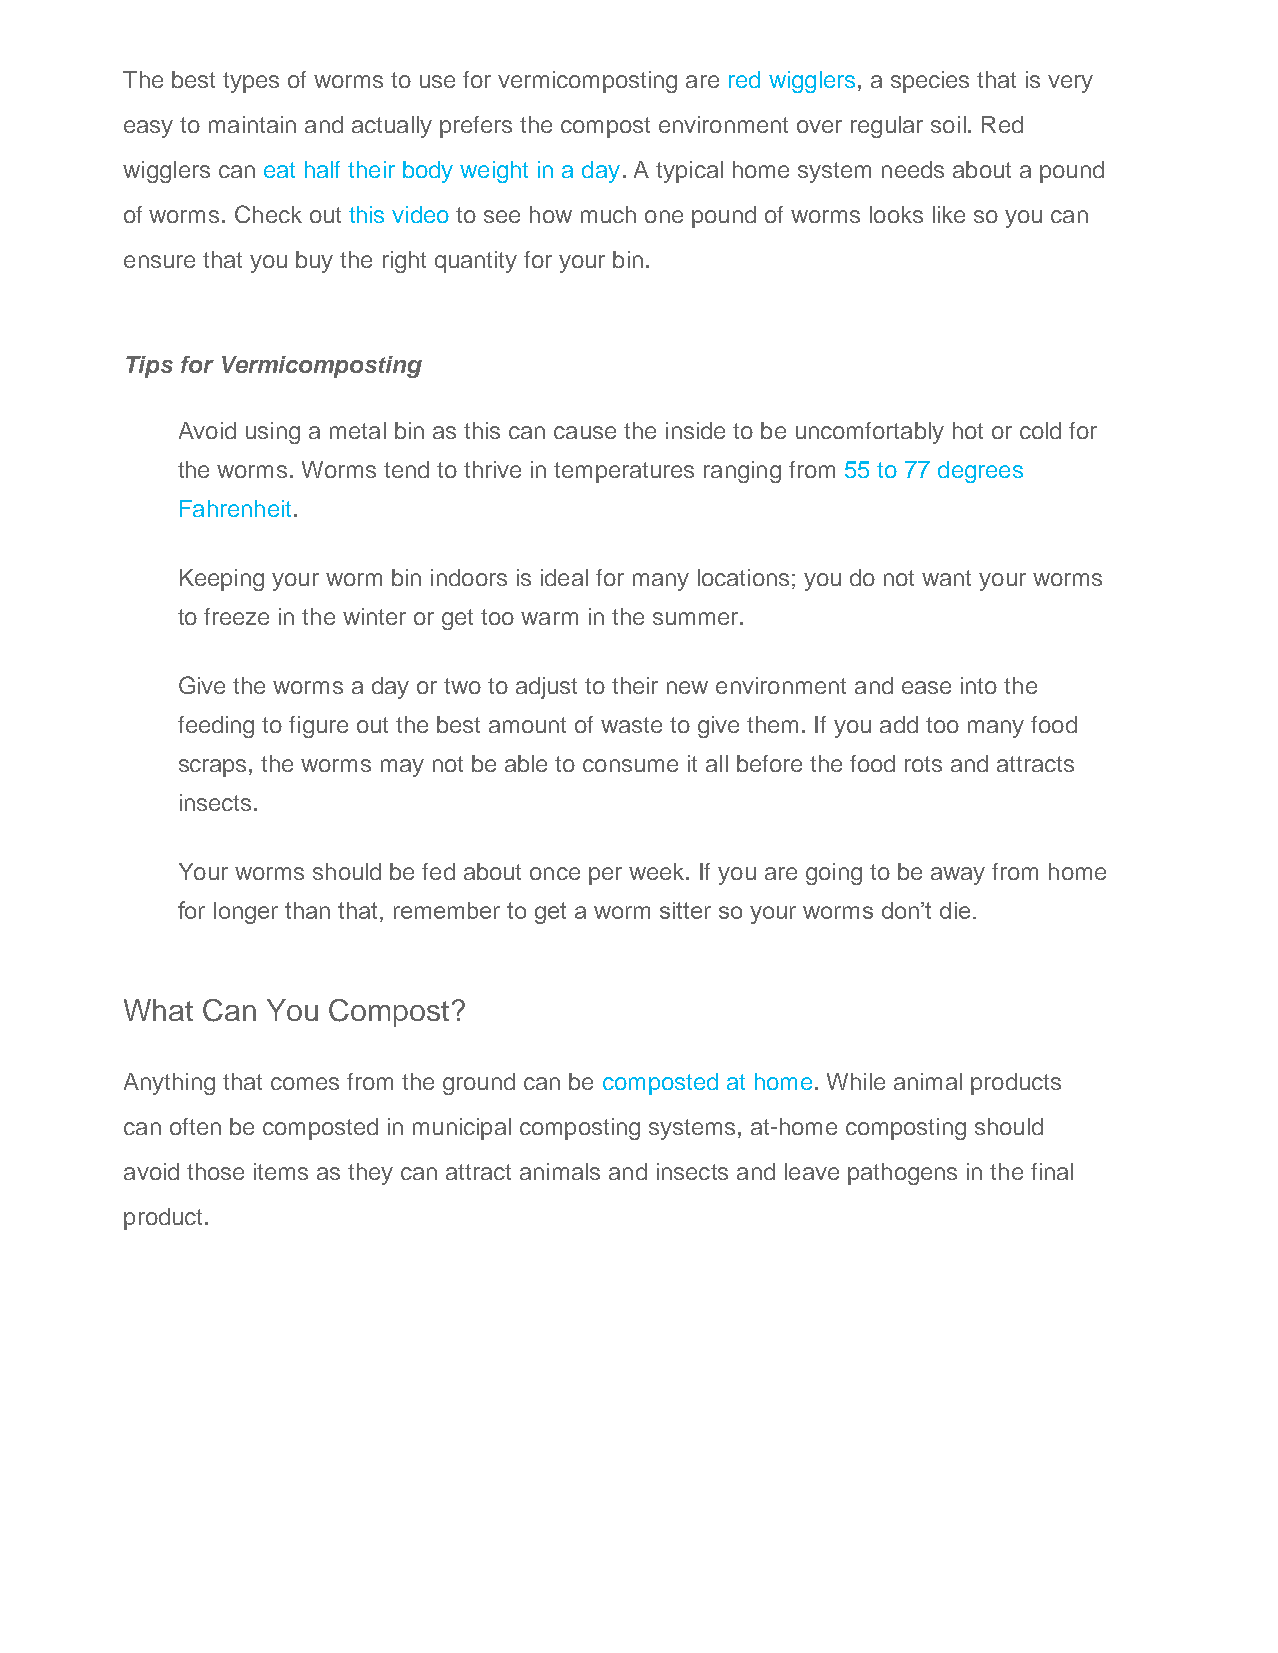
The best types of worms to use for vermicomposting are red wigglers, a species that is very
 easy to maintain and actually prefers the compost environment over regular soil. Red
 wigglers can eat half their body weight in a day. A typical home system needs about a pound
 of worms. Check out this video to see how much one pound of worms looks like so you can
 ensure that you buy the right quantity for your bin.
 Tips for Vermicomposting
 Avoid using a metal bin as this can cause the inside to be uncomfortably hot or cold for
 the worms. Worms tend to thrive in temperatures ranging from 55 to 77 degrees
 Fahrenheit.
 Keeping your worm bin indoors is ideal for many locations; you do not want your worms
 to freeze in the winter or get too warm in the summer.
 Give the worms a day or two to adjust to their new environment and ease into the
 feeding to figure out the best amount of waste to give them. If you add too many food
 scraps, the worms may not be able to consume it all before the food rots and attracts
 insects.
 Your worms should be fed about once per week. If you are going to be away from home
 for longer than that, remember to get a worm sitter so your worms don’t die.
 What Can  You Compost?
 Anything that comes from the ground can be composted at home. While animal products
 can often be composted in municipal composting systems, at-home composting should
 avoid those items as they can attract animals and insects and leave pathogens in the final
 product.